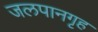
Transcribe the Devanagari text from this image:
जलपानगृह